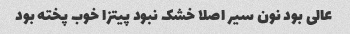
عالی بود نون سیر اصلا خشک نبود پیتزا خوب پخته بود